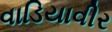
વાડિયાવીર